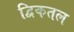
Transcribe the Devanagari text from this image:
द्विकतल